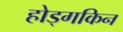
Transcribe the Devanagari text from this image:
होड्गकिन